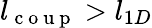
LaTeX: l_{\mathrm{~c~o~u~p~}}>l_{1D}